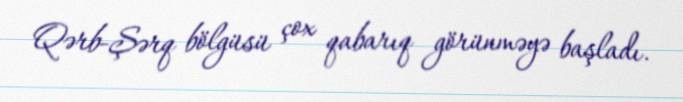
Qərb-Şərq bölgüsü çox qabarıq görünməyə başladı.